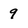
Character: 9